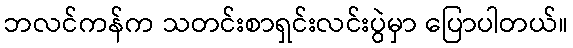
ဘလင်ကန်က သတင်းစာရှင်းလင်းပွဲမှာ ပြောပါတယ်။